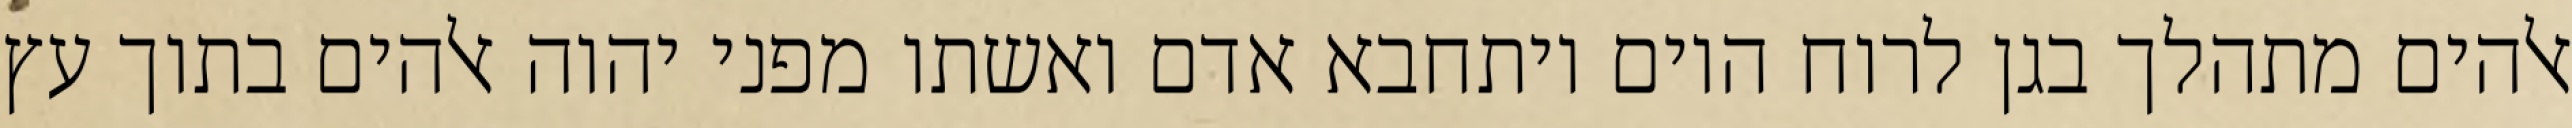
אלהים מתהלך בגן לרוח היום ויתחבא אדם ואשתו מפני יהוה אלהים בתוך עץ